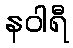
နဝါရီ